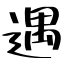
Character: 遇